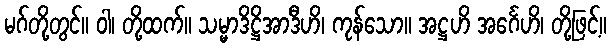
မဂ်တို့တွင်။ ဝါ၊ တို့ထက်။ သမ္မာဒိဋ္ဌိအာဒီဟိ၊ ကုန်သော။ အဋ္ဌဟိ အင်္ဂေဟိ၊ တို့ဖြင့်။